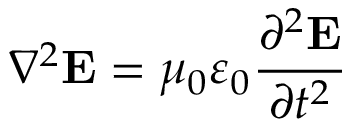
\nabla ^ { 2 } \mathbf { E } = \mu _ { 0 } \varepsilon _ { 0 } { \frac { \partial ^ { 2 } \mathbf { E } } { \partial t ^ { 2 } } }